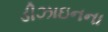
ડીઝાઇનના